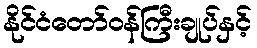
နိုင်ငံတော်ဝန်ကြီးချုပ်နှင့်